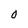
Character: 0